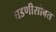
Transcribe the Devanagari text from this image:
घडणीसोबत